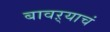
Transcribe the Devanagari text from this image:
बावऱ्याचं